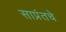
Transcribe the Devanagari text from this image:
साप्रंतचे